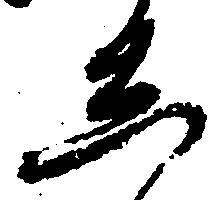
し